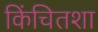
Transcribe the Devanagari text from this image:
किंचितशा